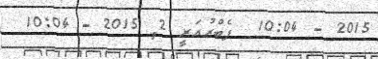
2015 - 10:04  ފެބްރުއަރީ 2